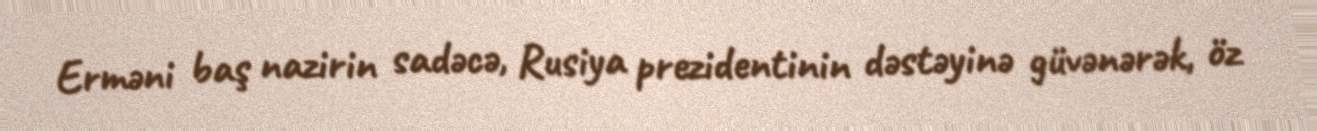
Erməni baş nazirin sadəcə, Rusiya prezidentinin dəstəyinə güvənərək, öz